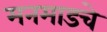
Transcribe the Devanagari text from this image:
मनमाडचे